Leprosy in India: report of the Leprosy Commission in India, 1890-91
Year: 1890
Disease focus: Leprosy
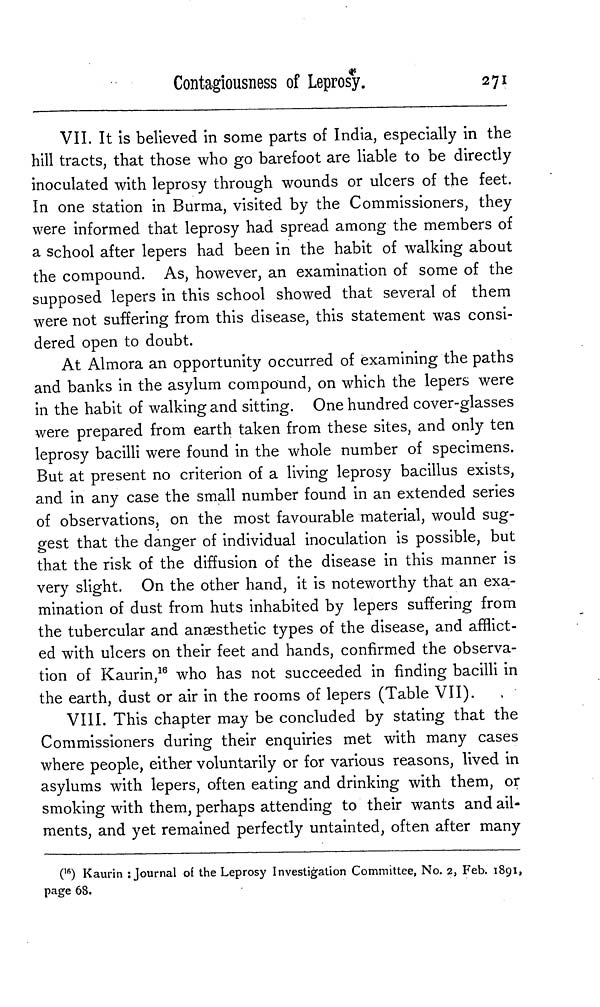
Contagiousness of Leprosy.
271
VII. It is believed in some parts of India, especially in the
hill tracts, that those who go barefoot are liable to be directly
inoculated with leprosy through wounds or ulcers of the feet.
In one station in Burma, visited by the Commissioners, they
were informed that leprosy had spread among the members of
a school after lepers had been in the habit of walking about
the compound. As, however, an examination of some of the
supposed lepers in this school showed that several of them
were not suffering from this disease, this statement was consi-
dered open to doubt.
At Almora an opportunity occurred of examining the paths
and banks in the asylum compound, on which the lepers were
in the habit of walking and sitting. One hundred cover-glasses
were prepared from earth taken from these sites, and only ten
leprosy bacilli were found in the whole number of specimens.
But at present no criterion of a living leprosy bacillus exists,
and in any case the small number found in an extended series
of observations, on the most favourable material, would sug-
gest that the danger of individual inoculation is possible, but
that the risk of the diffusion of the disease in this manner is
very slight. On the other hand, it is noteworthy that an exa-
mination of dust from huts inhabited by lepers suffering from
the tubercular and anaesthetic types of the disease, and afflict-
ed with ulcers on their feet and hands, confirmed the observa-
tion of Kaurin, 16 who has not succeeded in finding bacilli in
the earth, dust or air in the rooms of lepers (Table VII).
VIII. This chapter may be concluded by stating that the
Commissioners during their enquiries met with many cases
where people, either voluntarily or for various reasons, lived in
asylums with lepers, often eating and drinking with them, or
smoking with them, perhaps attending to their wants and ail-
ments, and yet remained perfectly untainted, often after many
( 16 ) Kaurin : Journal of the Leprosy Investigation Committee, No. 2, Feb. 1891,
page 68.